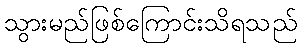
သွားမည်ဖြစ်ကြောင်းသိရသည်